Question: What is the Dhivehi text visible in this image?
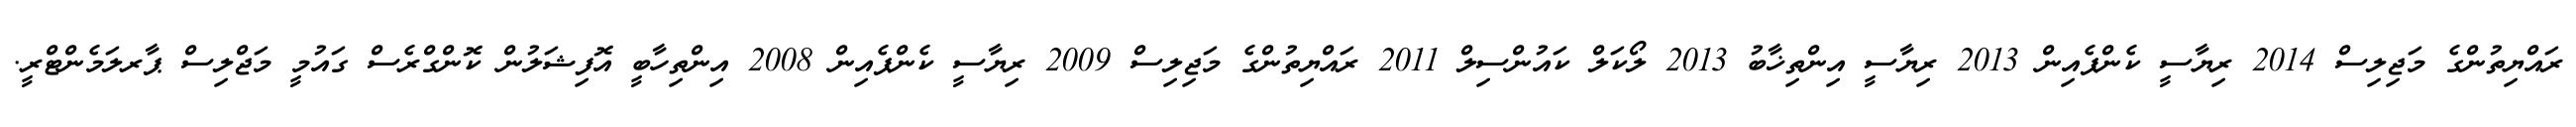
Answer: ރައްޔިތުންގެ މަޖިލިސް 2014 ރިޔާސީ ކެންޕެއިން 2013 ރިޔާސީ އިންތިޚާބު 2013 ލޯކަލް ކައުންސިލް 2011 ރައްޔިތުންގެ މަޖިލިސް 2009 ރިޔާސީ ކެންޕެއިން 2008 އިންތިހާބީ އޮފިޝަލުން ކޮންގްރެސް ގައުމީ މަޖްލިސް ޕާރލަމެންޓްރީ.